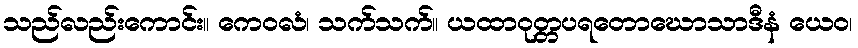
သည်လည်းကောင်း။ ကေဝလံ၊ သက်သက်။ ယထာဝုတ္တပရတောဃောသာဒီနံ ယေဝ၊